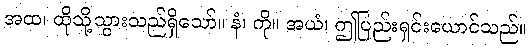
အထ၊ ထိုသို့သွားသည်ရှိသော်။ နံ၊ ကို။ အယံ၊ ဤပြည်းရှင်းယောင်သည်။